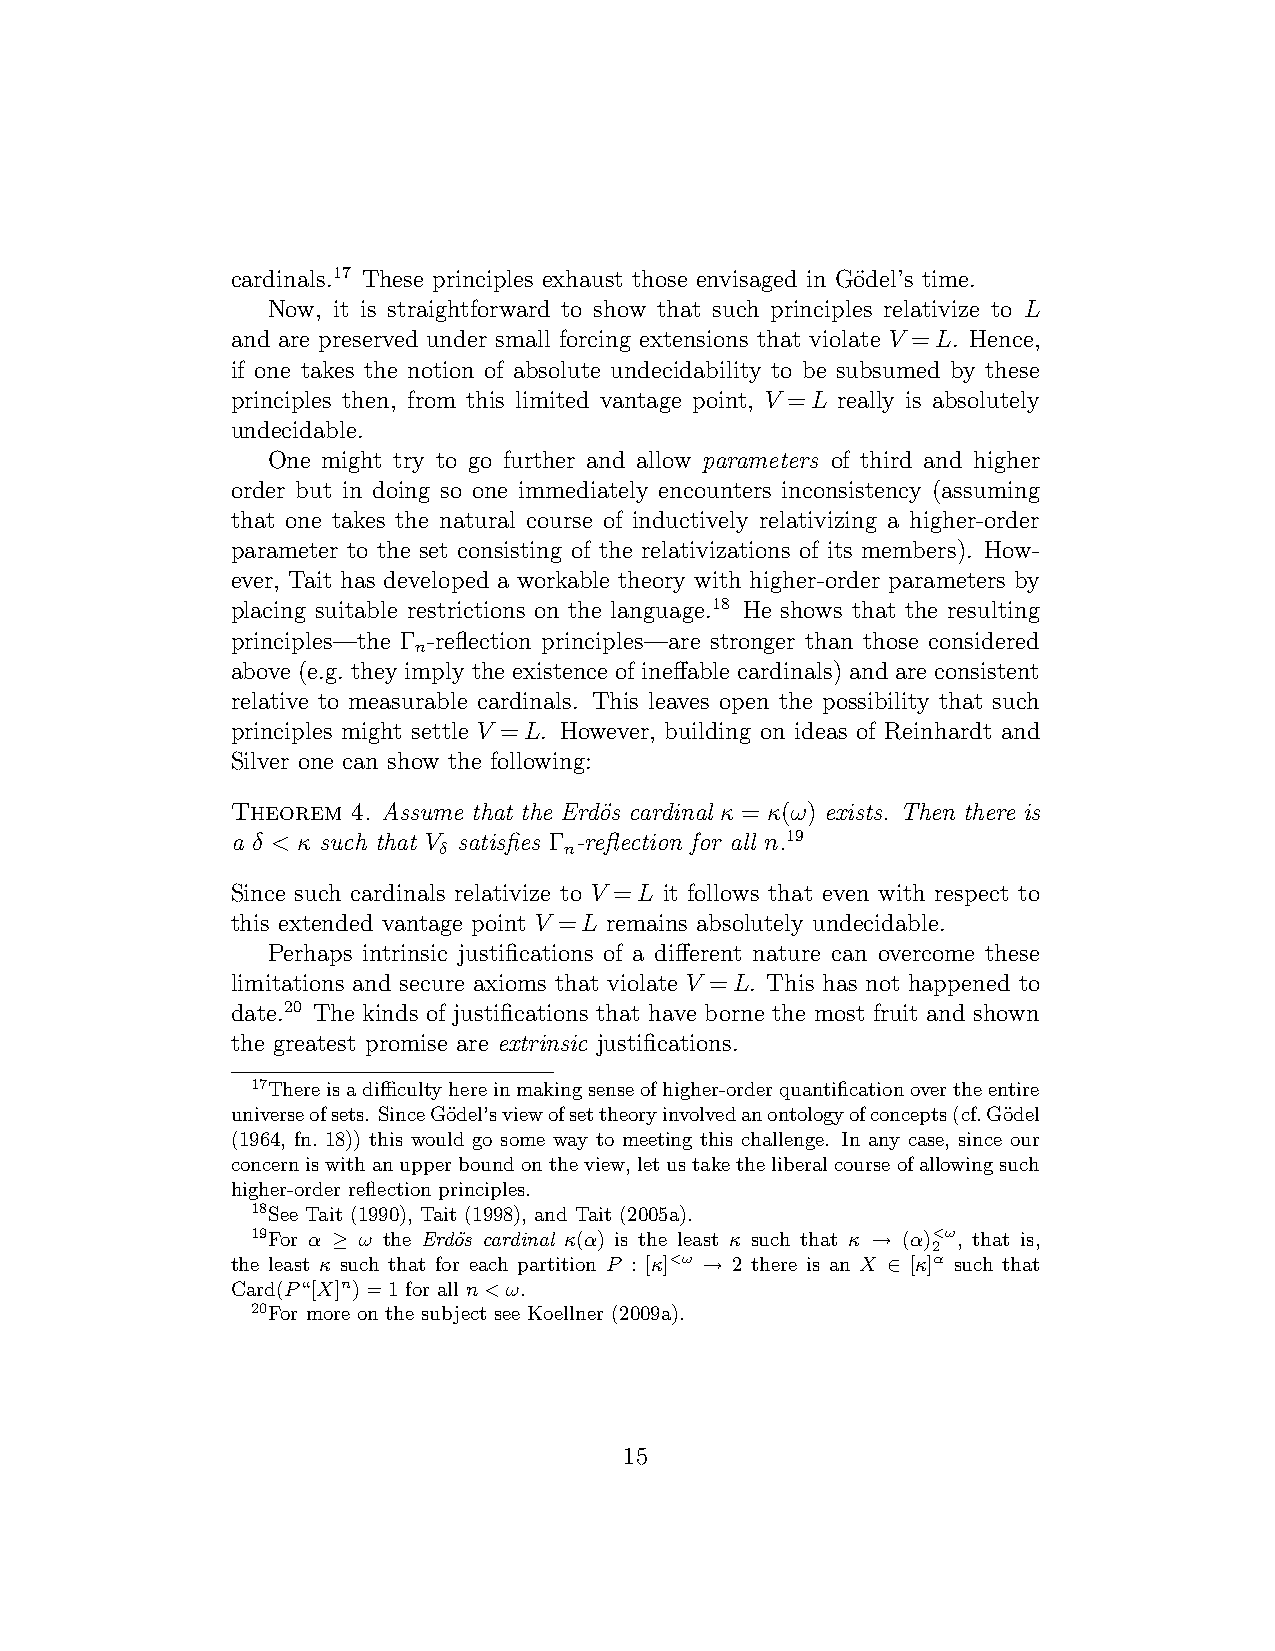
cardinals.17 These principles exhaust those envisaged in Go¨del’s time.
 Now, it is straightforward to show that such principles relativize to L
 and are preserved under small forcing extensions that violate V =L. Hence,
 if one takes the notion of absolute undecidability to be subsumed by these
 principles then, from this limited vantage point, V =L really is absolutely
 undecidable.
 One might try to go further and allow parameters of third and higher
 order but in doing so one immediately encounters inconsistency (assuming
 that one takes the natural course of inductively relativizing a higher-order
 parameter to the set consisting of the relativizations of its members). How-
 ever, Tait has developed a workable theory with higher-order parameters by
 placing suitable restrictions on the language.18 He shows that the resulting
 principles—the Γ -reflection principles—are stronger than those considered
 n
 above (e.g. they imply the existence of ineffable cardinals) and are consistent
 relative to measurable cardinals. This leaves open the possibility that such
 principles might settle V =L. However, building on ideas of Reinhardt and
 Silver one can show the following:
 Theorem 4. Assume that the Erd¨os cardinal κ = κ(ω) exists. Then there is
 a δ < κ such that V satisfies Γ -reflection for all n.19
 δ       n
 Since such cardinals relativize to V =L it follows that even with respect to
 this extended vantage point V =L remains absolutely undecidable.
 Perhaps intrinsic justifications of a different nature can overcome these
 limitations and secure axioms that violate V =L. This has not happened to
 date.20 The kinds of justifications that have borne the most fruit and shown
 the greatest promise are extrinsic justifications.
 17Thereisadifficultyhereinmakingsenseofhigher-orderquantificationovertheentire
 universeofsets. SinceG¨odel’sviewofsettheoryinvolvedanontologyofconcepts(cf.G¨odel
 (1964, fn. 18)) this would go some way to meeting this challenge. In any case, since our
 concerniswithanupperboundontheview,letustaketheliberalcourseofallowingsuch
 higher-order reflection principles.
 18See Tait (1990), Tait (1998), and Tait (2005a).
 19For α ≥ ω the Erd¨os cardinal κ(α) is the least κ such that κ → (α)<ω, that is,
 2
 the least κ such that for each partition P : [κ]<ω → 2 there is an X ∈ [κ]α such that
 Card(P“[X]n)=1 for all n<ω.
 20For more on the subject see Koellner (2009a).
 15